Annual report on the working of the mental hospitals in the Madras Presidency - 1912-1932
Year: 1912
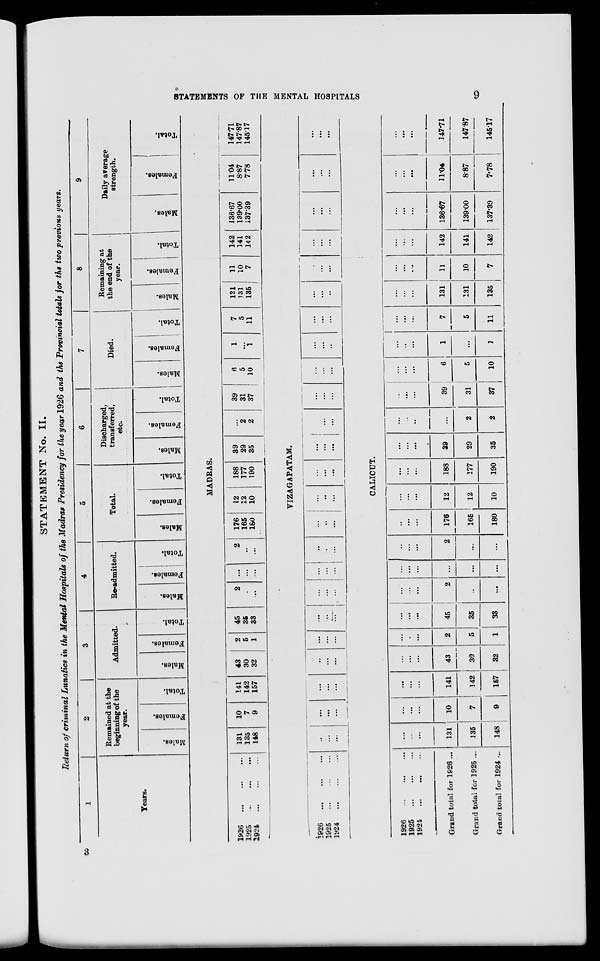
STATEMENTS OF THE MENTAL HOSPITALS
9
STATEMENT No. II.
Return of criminal Lunatics in the Mental Hospitals of the Madras Presidency for the year 1926 and the Provincial totals for the two previous years.
1
Years.
2
Remained at the
beginning of the
year.
Males.
Females.
Total.
3
Admitted.
Males.
Females.
Total.
4
Re-admitted.
Males.
Females.
Total.
5
Total.
Males.
Females.
Total.
6
Discharged,
transferred,
etc.
Males.
Females.
Total.
7
Died.
Males.
Females.
Total.
8
Remaining at
the end of the
year.
Males.
Females.
Total.
9
Daily average
strength.
Males.
Females.
Total.
MADRAS.
1926
...
...
...
1925 ... ... ...
1924 ... ... ...
131
135
148
10
7
9
141
142
157
43
30
32
2
5
1
45
35
33
2
...
...
...
...
...
2
...
...
176
165
180
12
12
10
188
177
190
39
29
35
...
2
2
39
31
37
6
5
10
1
...
1
7
5
11
131
131
135
11
10
7
142
141
142
136.67
139.00
137.39
11.04
8.87
7.78
147.71
147.87
145.17
VIZAGAPATAM.
1926
...
...
...
1925
...
...
...
1924
...
...
...
...
...
...
...
...
...
...
...
...
...
...
...
...
...
...
...
...
...
...
...
...
...
...
...
...
...
...
...
...
...
...
...
...
...
...
...
...
...
...
...
...
...
...
...
...
...
...
...
...
...
...
...
...
...
...
...
...
...
...
...
...
...
...
...
...
...
...
...
...
...
...
...
CALICUT.
1926
...
...
...
1925
...
...
...
1924
...
...
...
Grand total for 1926 ...
Grand total for 1925 ...
Grand total for 1924 ...
...
...
...
131
135
148
...
...
...
10
7
9
...
...
...
141
142
157
...
...
...
43
30
32
...
...
...
2
5
1
...
...
...
45
35
33
...
...
...
2
...
...
...
...
...
...
...
...
... ...
...
2
...
...
...
...
...
176
165
180
...
...
...
12
12
10
...
...
...
188
177
190
...
...
...
39
29
35
...
...
...
...
2
2
...
...
...
39
31
37
...
...
...
6
5
10
...
...
...
1
...
1
...
...
...
7
5
11
...
...
...
131
131
135
...
...
...
11
10
7
...
...
...
142
141
142
...
...
...
136.67
139.00
137.39
...
...
...
11.04
8.87
7.78
...
...
...
147.71
147.87
145.17
3